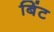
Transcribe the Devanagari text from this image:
बिंट